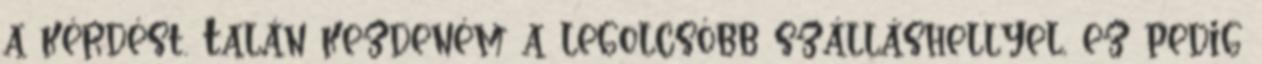
a kérdést. Talán kezdeném a legolcsóbb szálláshellyel, ez pedig